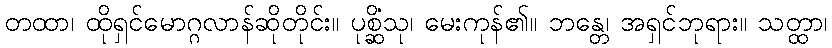
တထာ၊ ထိုရှင်မောဂ္ဂလာန်ဆိုတိုင်း။ ပုစ္ဆိံသု၊ မေးကုန်၏။ ဘန္တေ၊ အရှင်ဘုရား။ သတ္ထာ၊